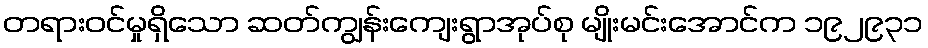
တရားဝင်မှုရှိသော ဆတ်ကျွန်းကျေးရွာအုပ်စု မျိုးမင်းအောင်က ၁၉၂၉၃၁